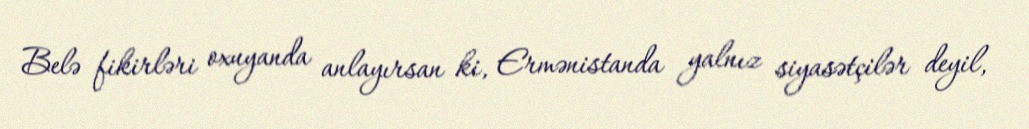
Belə fikirləri oxuyanda anlayırsan ki, Ermənistanda yalnız siyasətçilər deyil,